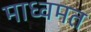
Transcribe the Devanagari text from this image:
माध्वमत